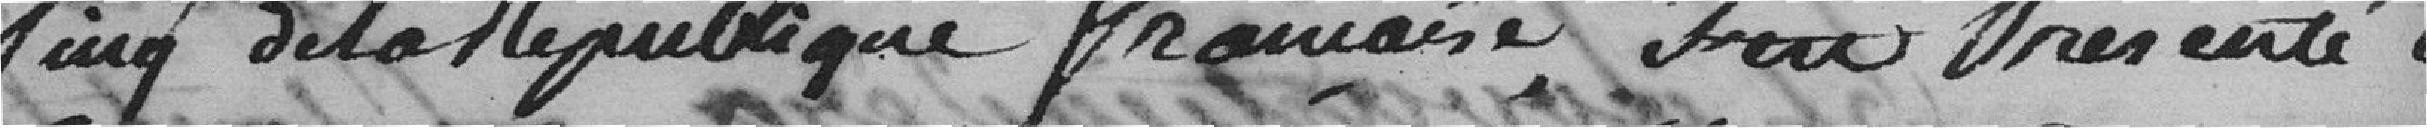
cinq de la république française, s'est présenté le